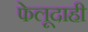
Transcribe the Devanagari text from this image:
फेलूदाही